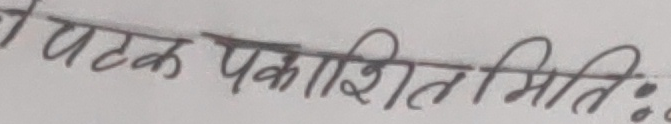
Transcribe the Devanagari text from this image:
पटक प्रकाशित मिति :